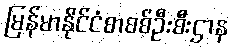
မြန်မာနိုင်ငံစာစစ်ဦးစီးဌာန